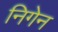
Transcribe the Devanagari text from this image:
निगेन